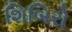
શિબિરો